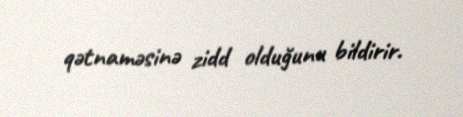
qətnaməsinə zidd olduğunu bildirir.